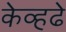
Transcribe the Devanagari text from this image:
केव्हढे